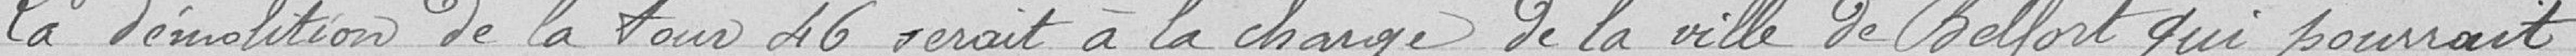
La démolition de l atour 46 serait à la charge de la ville de Belfort qui pourrait